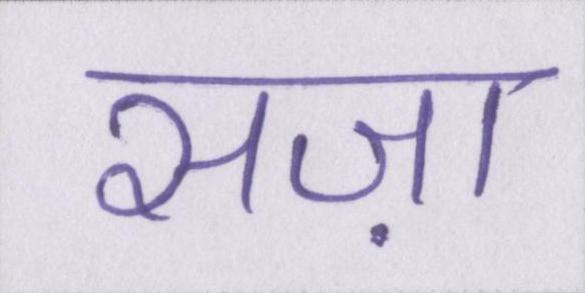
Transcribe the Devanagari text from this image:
सज़ा